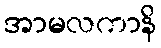
အာမလကာနိ